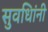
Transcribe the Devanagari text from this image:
सुवधिांनी